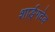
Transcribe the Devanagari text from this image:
शार्ङ्‌गदेव